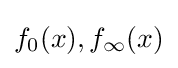
f_{0}(x),f_{\infty }(x)